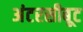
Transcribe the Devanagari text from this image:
अंटरसीबूट